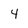
Character: 4